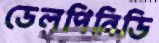
ডেলপিনিডি